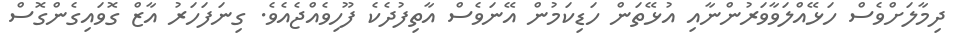
ދިމާލަށްވެސް ހަޅޭއްލަވާވަރުންނާއި އުޅޭތަން ހަޑިކަމުން އޭނަވެސް އާތިފުދެކެ ފޫހިވެއްޖެއެވެ. ގިނަފަހަރު އާޒް ގޮވައިގެންގޮސް